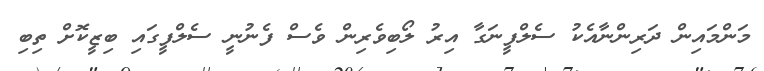
މަންމައިން ދަރިންނާއެކު ސެލްފީނަގާ އިރު ލޯބިވެރިން ވެސް ފެނުނީ ސެލްފީގައި ބިޒީކޮށް ތިބި